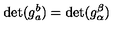
\det ( g _ { a } ^ { b } ) = \det ( g _ { \alpha } ^ { \beta } )